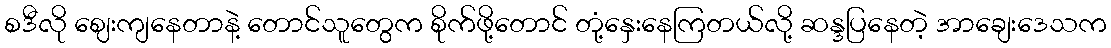
စဒီလို ဈေးကျနေတာနဲ့ တောင်သူတွေက စိုက်ဖို့တောင် တုံ့နှေးနေကြတယ်လို့ ဆန္ဒပြနေတဲ့ အာချေးဒေသက